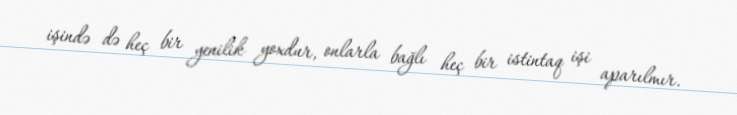
işində də heç bir yenilik yoxdur, onlarla bağlı heç bir istintaq işi aparılmır.